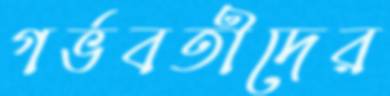
গর্ভবতীদের